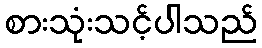
စားသုံးသင့်ပါသည်